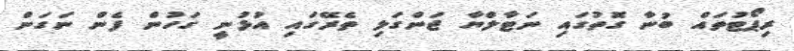
ރިޕޯޓުތައް ބުނާ ގޮތުގައި ނަޓާލްޔާ ޖަންގަލި ތެރޭގައި އުޅުނީ ގަހުން ފެން ނަގަން